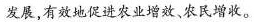
发展，有效地促进农业增效、农民增收。